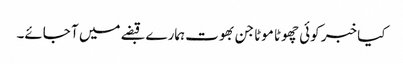
کیا خبر کوئی چھوٹا موٹا جن بھوت ہمارے قبضے میں آ جائے۔